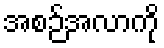
အစဉ်အလာကို